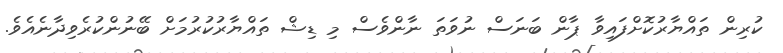
ކުރިން ތައްޔާރުކޮށްފައިވާ ޕާން ބަނަސް ނުވަތަ ނާންވެސް މި ޑިޝް ތައްޔާރުކުރުމަށް ބޭނުންކުރެވިދާނެއެވެ.